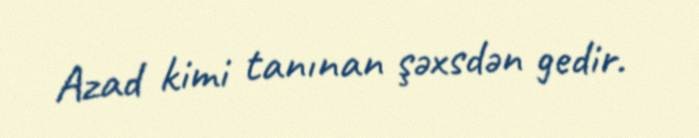
Azad kimi tanınan şəxsdən gedir.